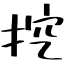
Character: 挖